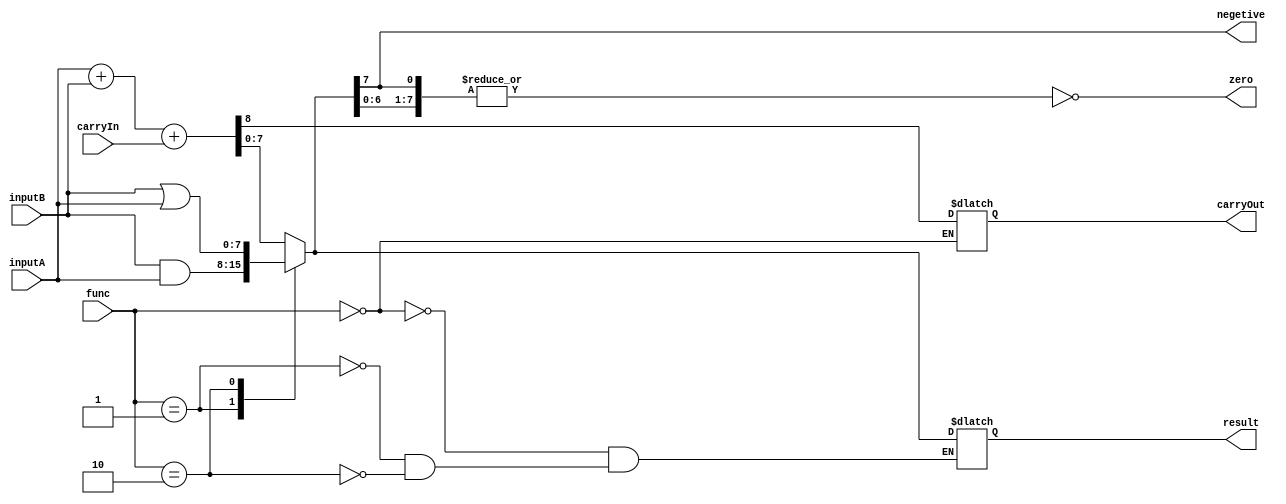
module ALU(inputA, inputB, carryIn, func, result, carryOut, zero, negetive);
	input [7:0] inputA, inputB;
	input carryIn;
	input [2:0] func;
	output reg [7:0] result;
	output reg carryOut, zero, negetive;

	always @(*) begin
		case(func)
		2'b 00: {carryOut, result} = inputA + inputB + carryIn;
		2'b 01: result = inputB & inputA;
		2'b 10: result = inputB | inputA;
		endcase
		zero = ~(|result);
		negetive = result[7];
	end

endmodule